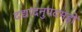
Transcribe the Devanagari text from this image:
दद्यादनुपदमहो